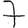
Digit: 7